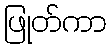
ဖြုတ်ကာ